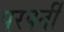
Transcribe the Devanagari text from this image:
परपर्ती